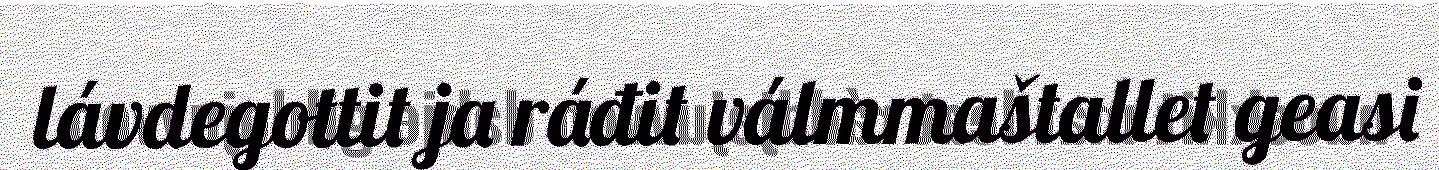
lávdegottit ja ráđit válmmaštallet geasi